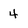
Character: 4